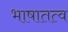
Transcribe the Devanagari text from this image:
भाषातत्व